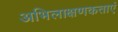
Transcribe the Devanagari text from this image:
अभिलाक्षणकताएं